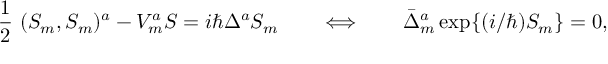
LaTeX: \mathrm { ~ \frac { 1 } { 2 } ~ } ( S _ { m } , S _ { m } ) ^ { a } - V _ { m } ^ { a } S = i \hbar \Delta ^ { a } S _ { m } \qquad \Longleftrightarrow \qquad \bar { \Delta } _ { m } ^ { a } \, \mathrm { e x p } \{ ( i / \hbar ) S _ { m } \} = 0 ,